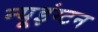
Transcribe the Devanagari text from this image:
न्यूइंग्टन